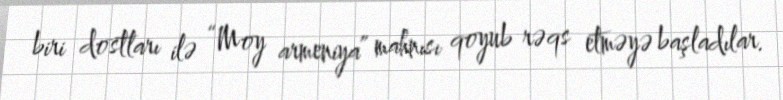
biri dostları ilə “Moy armeniya” mahnısı qoyub rəqs etməyə başladılar.